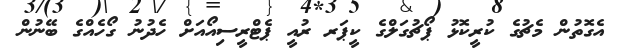
އެގޮތުން މެޗުގެ ކުރީކޮޅު ޕޯޗުގަލްގެ ކީޕަރ ރުއީ ޕެޓްރީސިއޯއަށް ހެދުނު ގޯހެއްގެ ބޭނުން